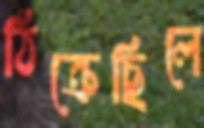
ঠিক্‌রেছিলে